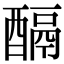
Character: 𨢌